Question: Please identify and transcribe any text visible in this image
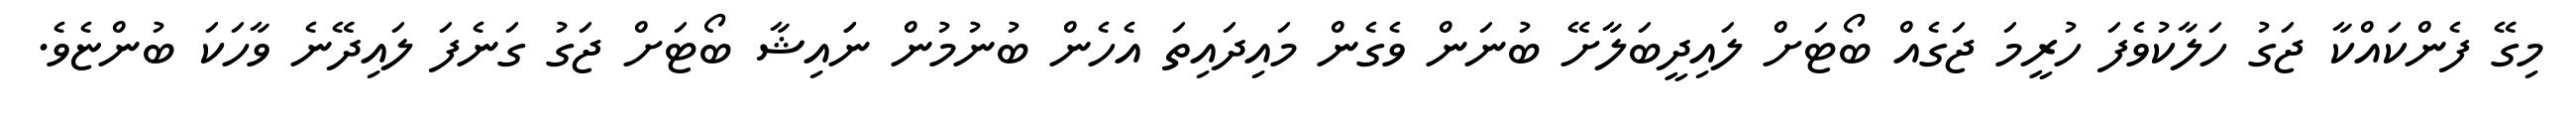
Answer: މިގޭ ފެންކައްކާ ޖަގު ހަލާކުވެފަ ހުރީމަ ޖަގެއް ބޯޓަށް ލައިދީބަލާށޭ ބުނަން ވެގެން މައިދައިތަ އެހެން ބުނުމުން ނަައިޝާ ބޯޓަށް ޖަގު ގަނެފަ ލައިދޭނެ ވާހަކަ ބުންޏެވެ.